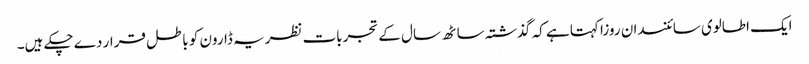
ایک اطالوی سائنسدان روزا کہتا ہے کہ گذشتہ ساٹھ سال کے تجربات نظریہ ڈارون کو باطل قرار دے چکے ہیں۔